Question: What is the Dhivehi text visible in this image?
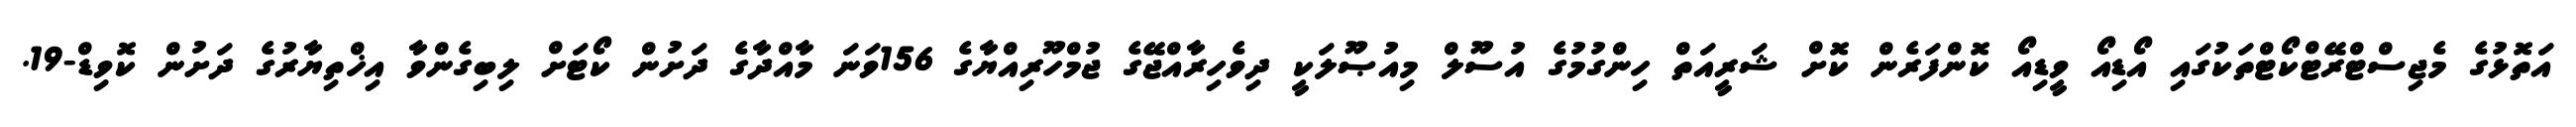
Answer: އަތޮޅުގެ މެޖިސްޓްރޭޓްކޯޓްތަކުގައި އޯޑިއޯ ވީޑިއޯ ކޮންފަރެން ކޮށް ޝަރީއަތް ހިންގުމުގެ އުސޫލް މިއުޞޫލަކީ ދިވެހިރާއްޖޭގެ ޖުމްހޫރިއްޔާގެ 156ވަނަ މާއްދާގެ ދަށުން ކޯޓަށް ލިބިގެންވާ އިޚްތިޔާރުގެ ދަށުން ކޮވިޑް-19.